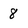
Character: 8